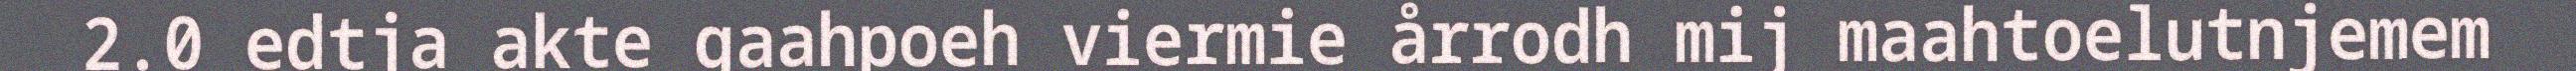
2.0 edtja akte gaahpoeh viermie årrodh mij maahtoelutnjemem